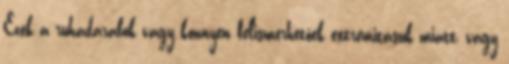
Ezek a ruhadarabok vagy könnyen felismerhetőek extrémitásuk miatt, vagy